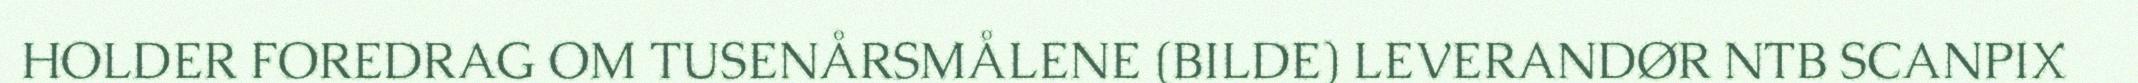
HOLDER FOREDRAG OM TUSENÅRSMÅLENE (BILDE) LEVERANDØR NTB SCANPIX